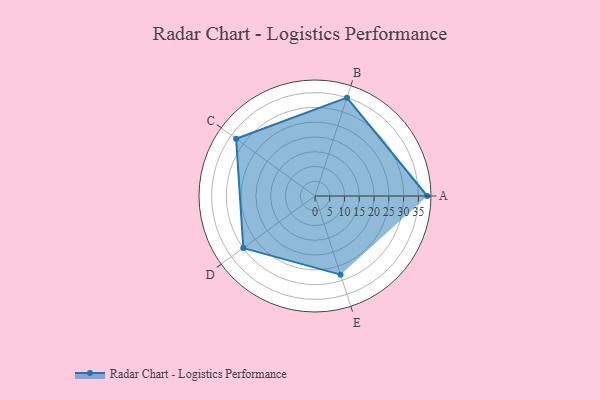
{"axis": {"x": "Skill", "y": "Score"}, "legend": ["Profile"], "data": [{"x": "A", "y": 38.0, "type": "Profile"}, {"x": "B", "y": 35.0, "type": "Profile"}, {"x": "C", "y": 33.0, "type": "Profile"}, {"x": "D", "y": 30.0, "type": "Profile"}, {"x": "E", "y": 28.0, "type": "Profile"}]}